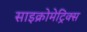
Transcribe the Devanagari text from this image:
साइक्रोमेट्रिक्स